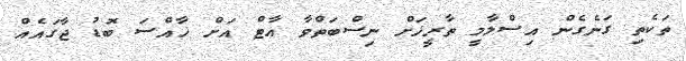
ތަކެތި ގަނެގެން އިސްލާމީ ތާރީޚަށް ނިސްބަތްވާ އާޓް އަށް ޚާއްސަ ބޮޑު ޖާގައެއް